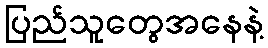
ပြည်သူတွေအနေနဲ့